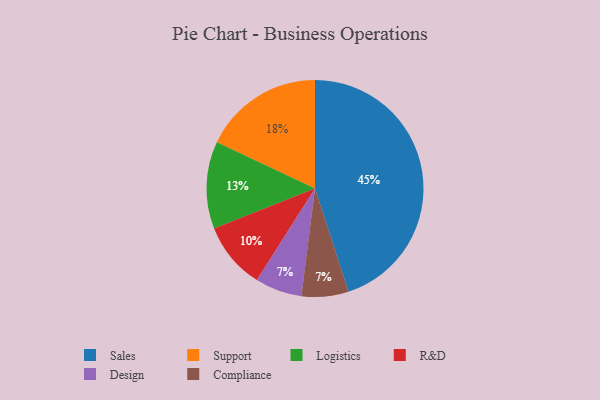
{"axis": {"x": "Category", "y": "Percentage"}, "legend": ["Compliance", "Design", "Logistics", "R&D", "Sales", "Support"], "data": [{"x": "Logistics", "y": 13, "type": "Logistics"}, {"x": "Support", "y": 18, "type": "Support"}, {"x": "Sales", "y": 45, "type": "Sales"}, {"x": "R&D", "y": 10, "type": "R&D"}, {"x": "Design", "y": 7, "type": "Design"}, {"x": "Compliance", "y": 7, "type": "Compliance"}]}